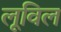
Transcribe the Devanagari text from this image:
लूविल